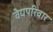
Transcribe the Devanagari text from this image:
वैद्यपरिवार